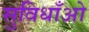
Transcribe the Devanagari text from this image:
सुविधाँओ